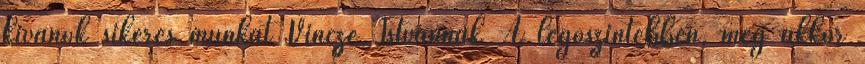
kívánok sikeres munkát Vincze Istvánnak A legőszintébben, még akkor